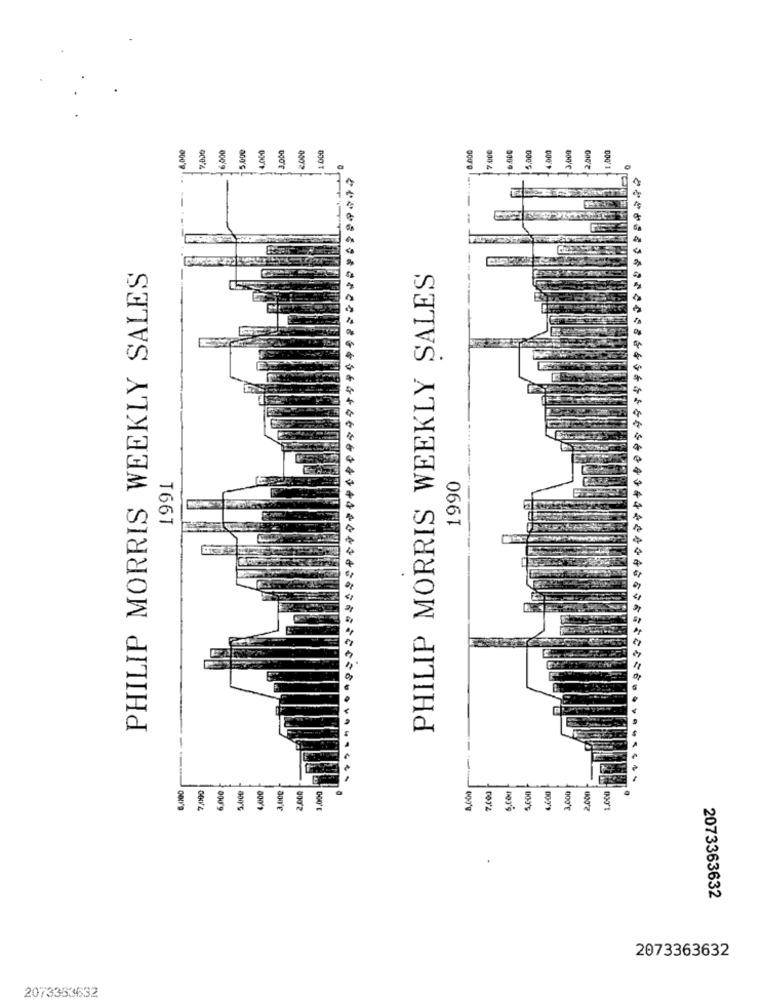
5,000
5,000
7.000
800
PHILIP MORRIS WEEKLY SALES
PHILIP MORRIS WEEKLY SALES
1990
T66T
404444
2073363632
2073363632
2073333632